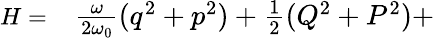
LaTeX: \begin{array}{rl}{\small H=}&{{}\frac{\omega}{2\omega_{0}}(q^{2}+p^{2})+\frac{1}{2}(Q^{2}+P^{2})+}\end{array}